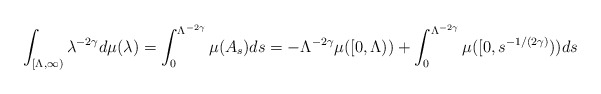
\begin{align*}\int_{[\Lambda, \infty)} \lambda^{-2 \gamma} d\mu(\lambda)=\int_0^{\Lambda^{-2 \gamma}} \mu(A_s) ds=-\Lambda^{-2\gamma} \mu([0, \Lambda))+\int_0^{\Lambda^{-2 \gamma}} \mu([0, s^{-1/(2\gamma)})) ds\end{align*}